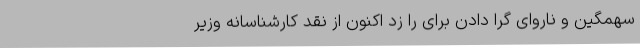
سهمگین و ناروای گرا دادن برای را زد اکنون از نقد کارشناسانهٔ وزیر